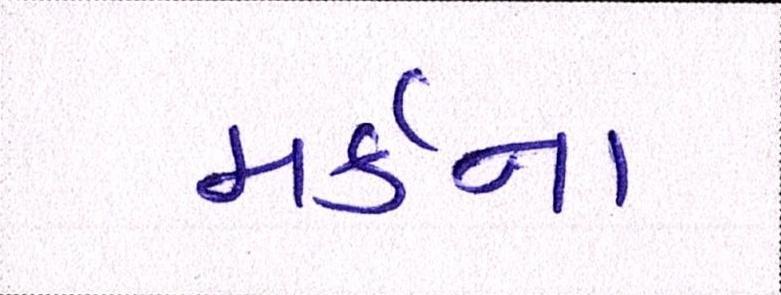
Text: મર્કના